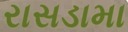
રાસડામા